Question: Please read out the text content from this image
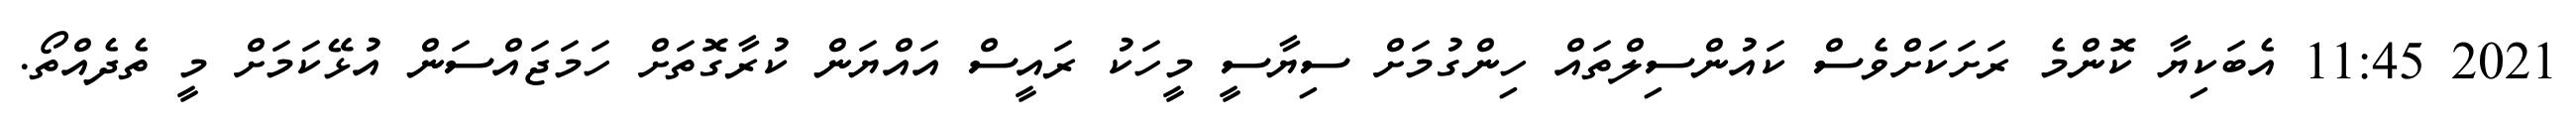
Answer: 2021 11:45 އެބަކިޔާ ކޮންމެ ރަށަކަށްވެސް ކައުންސިލްތައް ހިންގުމަށް ސިޔާސީ މީހަކު ރައީސް އައްޔަން ކުރާގޮތަށް ހަމަޖައްސަން އުޅޭކަމަށް މީ ތެދެއްތޯ.